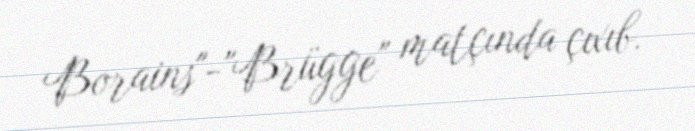
Borains"-"Brügge" matçında çıxıb.